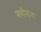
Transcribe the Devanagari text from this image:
मशीनांना